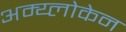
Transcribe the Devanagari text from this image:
अम्य्लोकेन